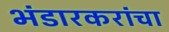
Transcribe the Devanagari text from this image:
भंडारकरांचा